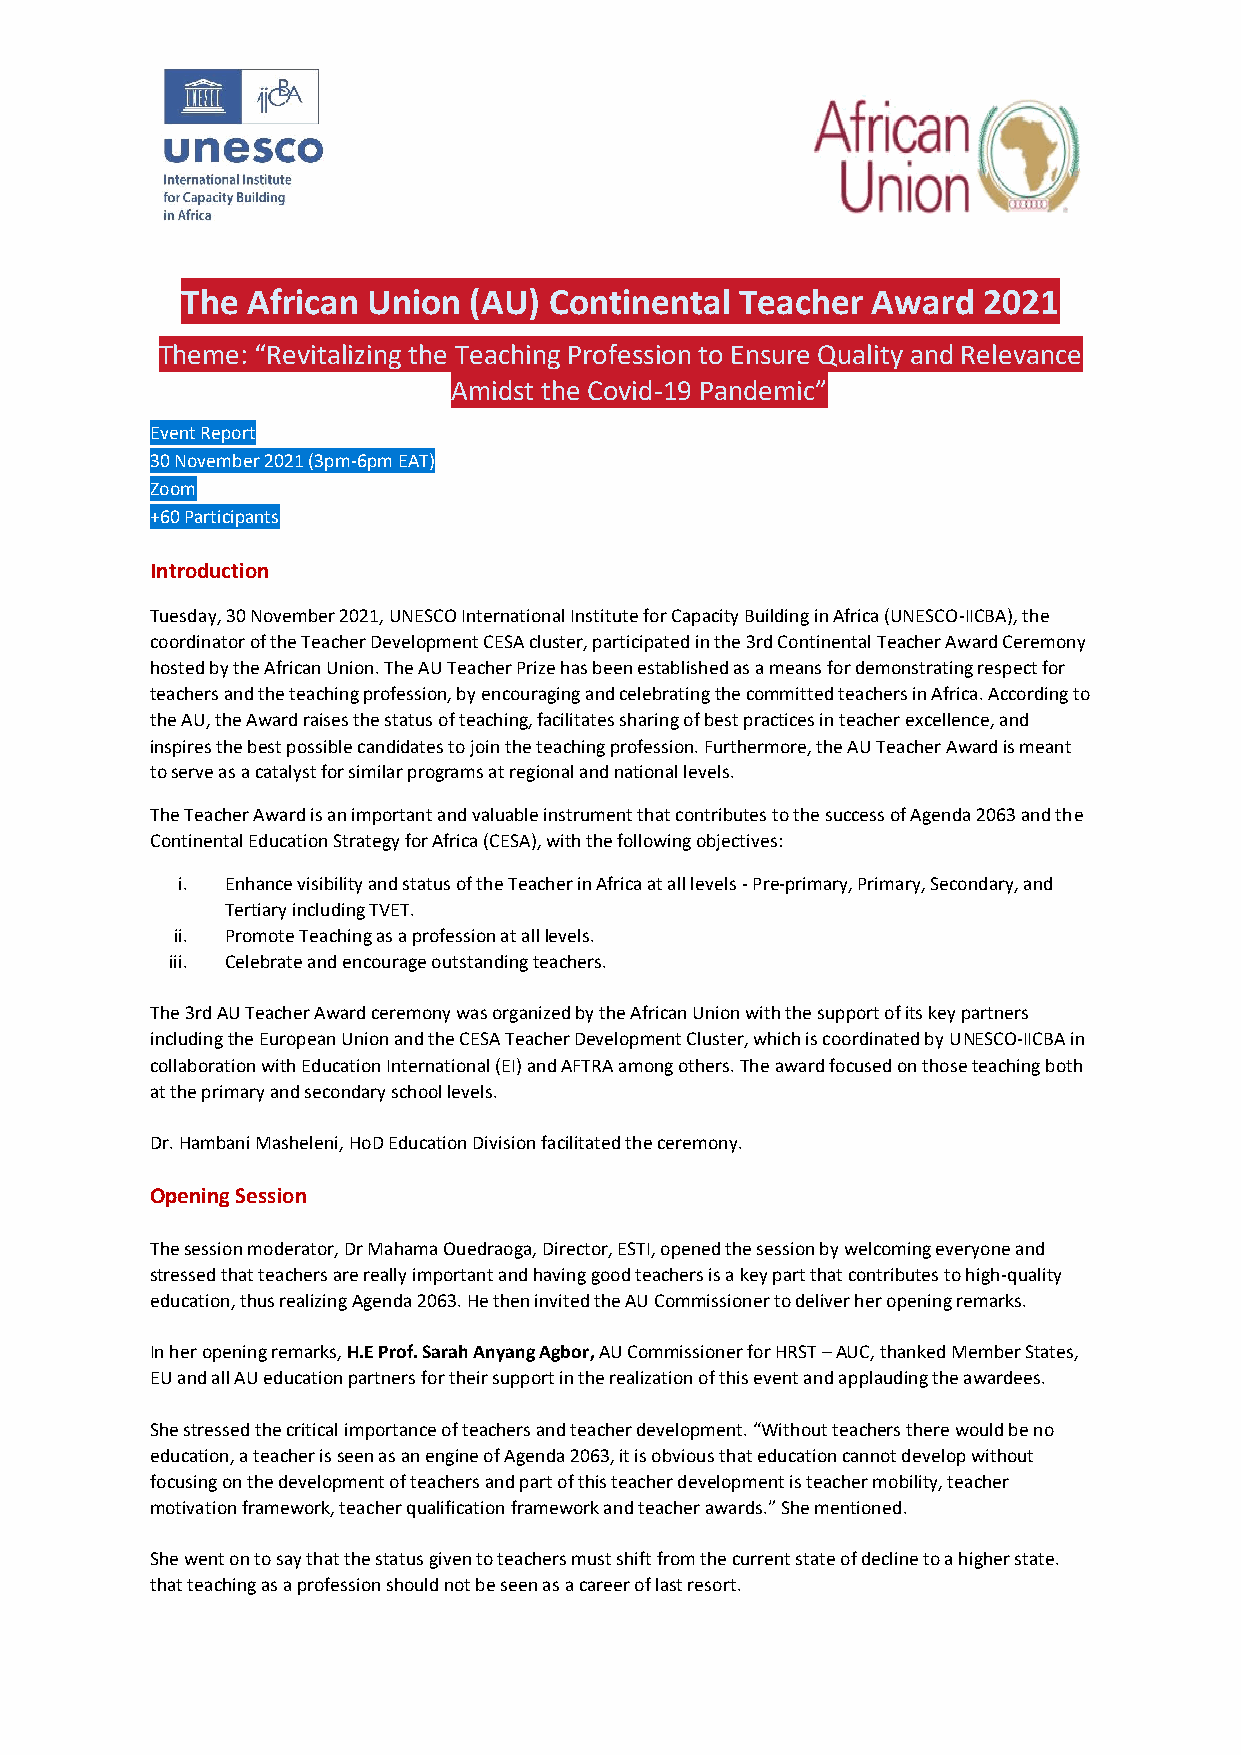
The African Union  (AU) Continental  Teacher  Award  2021
 Theme: “Revitalizing the Teaching Profession to Ensure Quality and Relevance
 Amidst the Covid-19 Pandemic”
 Event Report
 30 November 2021 (3pm-6pm EAT)
 Zoom
 +60 Participants
 Introduction
 Tuesday, 30 November 2021, UNESCO International Institute for Capacity Building in Africa (UNESCO-IICBA), the
 coordinator of the Teacher Development CESA cluster, participated in the 3rd Continental Teacher Award Ceremony
 hosted by the African Union. The AU Teacher Prize has been established as a means for demonstrating respect for
 teachers and the teaching profession, by encouraging and celebrating the committed teachers in Africa. According to
 the AU, the Award raises the status of teaching, facilitates sharing of best practices in teacher excellence, and
 inspires the best possible candidates to join the teaching profession. Furthermore, the AU Teacher Award is meant
 to serve as a catalyst for similar programs at regional and national levels.
 The Teacher Award is an important and valuable instrument that contributes to the success of Agenda 2063 and the
 Continental Education Strategy for Africa (CESA), with the following objectives:
 i. Enhance visibility and status of the Teacher in Africa at all levels - Pre-primary, Primary, Secondary, and
 Tertiary including TVET.
 ii. Promote Teaching as a profession at all levels.
 iii. Celebrate and encourage outstanding teachers.
 The 3rd AU Teacher Award ceremony was organized by the African Union with the support of its key partners
 including the European Union and the CESA Teacher Development Cluster, which is coordinated by UNESCO-IICBA in
 collaboration with Education International (EI) and AFTRA among others. The award focused on those teaching both
 at the primary and secondary school levels.
 Dr. Hambani Masheleni, HoD Education Division facilitated the ceremony.
 Opening Session
 The session moderator, Dr Mahama Ouedraoga, Director, ESTI, opened the session by welcoming everyone and
 stressed that teachers are really important and having good teachers is a key part that contributes to high-quality
 education, thus realizing Agenda 2063. He then invited the AU Commissioner to deliver her opening remarks.
 In her opening remarks, H.E Prof. Sarah Anyang Agbor, AU Commissioner for HRST – AUC, thanked Member States,
 EU and all AU education partners for their support in the realization of this event and applauding the awardees.
 She stressed the critical importance of teachers and teacher development. “Without teachers there would be no
 education, a teacher is seen as an engine of Agenda 2063, it is obvious that education cannot develop without
 focusing on the development of teachers and part of this teacher development is teacher mobility, teacher
 motivation framework, teacher qualification framework and teacher awards.” She mentioned.
 She went on to say that the status given to teachers must shift from the current state of decline to a higher state.
 that teaching as a profession should not be seen as a career of last resort.